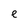
Character: e